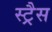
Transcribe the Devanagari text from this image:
स्ट्रैस